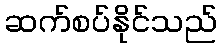
ဆက်စပ်နိုင်သည်